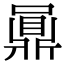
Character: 𪔅